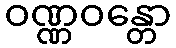
ဝဏ္ဏဝန္တော